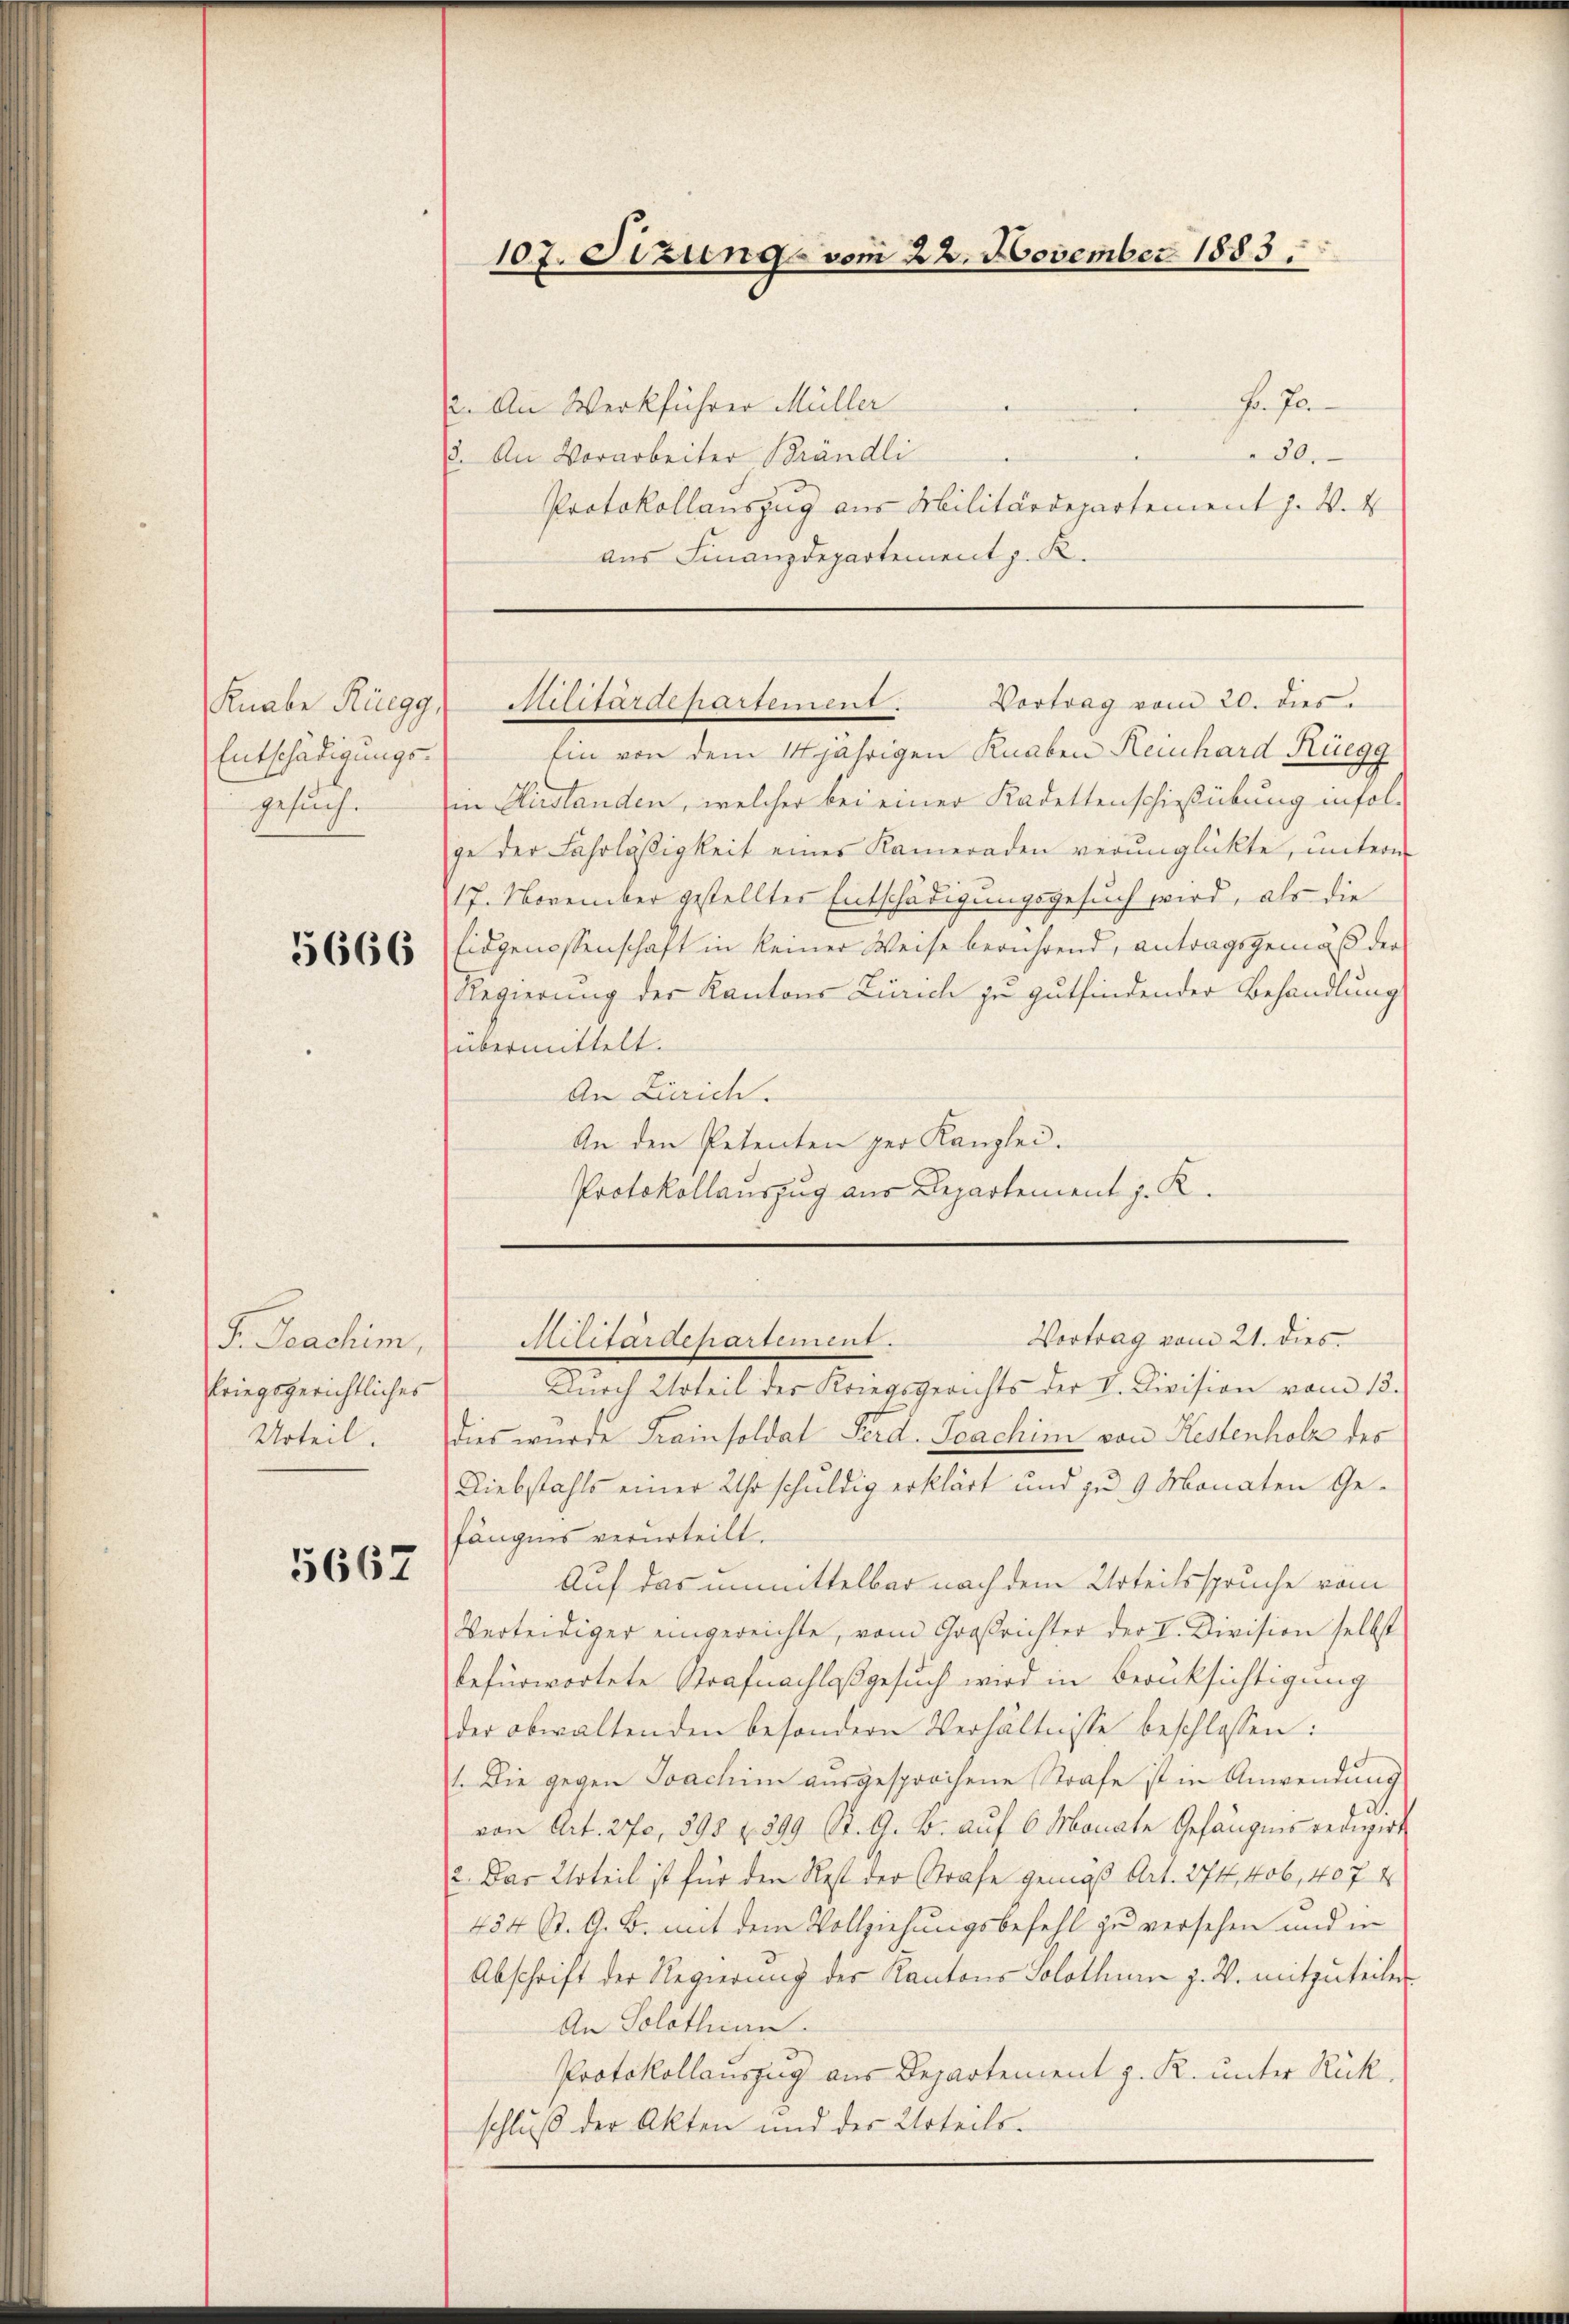
Knabe Rüegg,
Entschädigungsgesuch.

5666

F. Joachim,
kriegsgerichtliches
Urteil.

5667

Hrn Ja
12. An Werkführer Müller
50.
8. An Vorarbeiter Brändli
Protokollauszug aus Militärdepartement J. V. 4
aus Finanzdepartement z. K.

107. Sizung vom 22. November 1883.

Ein von dem 14jährigen Knaben Reinhard Rüegg
in Hirslanden, welcher bei einer Kadettenschießübung infol-
ge der Fahrläßigkeit eines Kameraden verunglückte, mitern
17. November gestellter Entschädigungsgesuch wird, als die
Eidgenossenschaft in keiner Weise berührend, antragsgemäß der
Regierung der Kantons Zürich zu gutfindender Behandlung
übermittelt.
An Zürich.
An den Petenten per Kanzlei.
Protokollauszug aus Departement J. K.

Vortrag vom 20. dies
Sifstardehartement.

Vortrag vom 21. dies
Militärdepartement.

Durch Urteil der Kriegsgerichts der V. Division vom 18.
dies wurde Trainsoldat Ferd. Joachim von Kestenholz des
Diebstahls einer Uhr schuldig erklärt und zu 9 Monaten Gefängnis verurteilt.
Auf das unmittelbar nach dem Urteilsspruche vom
Verteidiger eingereichte, vom Großrichter der I. Division selbst
befürwortete Strafnachlaßgesuch wird in Berücksichtigung
der obwaltenden besondern Verhältnisse beschlossen:
1. Die gegen Joachin ausgesprochene Strafe ist in Anwendung
von Art. 270, 398 f. 399 St. G. B. auf 6 Monate Gefängnis verwert
2. Das Urteil ist für den Rest der Strafe gemäß Art. 274, 406, 407. 4
434 St. G. B. mit dem Vollziehungsbefehl zu versehen und in
Abschrift der Regierung der Kantons Solothum z. B. mitzuteilen
An Solothurn.
Protokollauszug aus Departement z. R. unter Rückschluß der Akten und der Urteils-